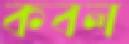
কবল